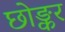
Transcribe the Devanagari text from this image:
छोङ्कर